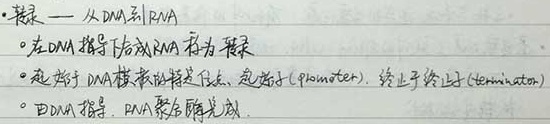
- 转录 —— 从 DNA 到 RNA
- 在 DNA 指导下合成 RNA 称为转录
- 起始于 DNA 模板的特定位点，起始子 (promoter)，终止于终止子 (terminator)
- DNA 指导，RNA 聚合酶完成